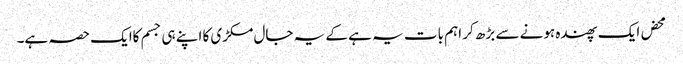
محض ایک پھندہ ہونے سے بڑھ کر اہم بات یہ ہے کے یہ جال مکڑی کا اپنے ہی جسم کاایک حصہ ہے۔